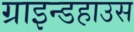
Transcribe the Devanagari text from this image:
ग्राइन्डहाउस